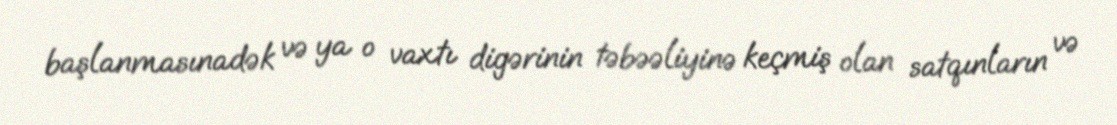
başlanmasınadək və ya o vaxtı digərinin təbəəliyinə keçmiş olan satqınların və